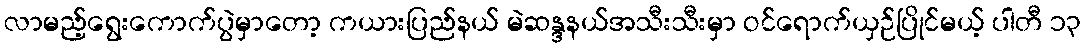
လာမည့်ရွေးကောက်ပွဲမှာတော့ ကယားပြည်နယ် မဲဆန္ဒနယ်အသီးသီးမှာ ဝင်ရောက်ယှဉ်ပြိုင်မယ့် ပါတီ ၁၃